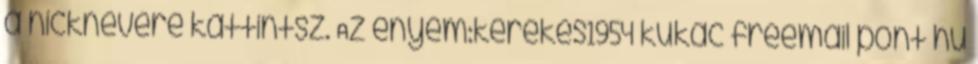
a nicknevére kattintsz. Az enyém:kerekes1954 kukac freemail pont hu